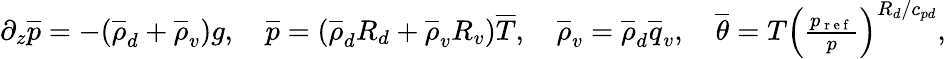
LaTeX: \begin{array}{r}{\partial_{z}\overline{{p}}=-(\overline{{\rho}}_{d}+\overline{{\rho}}_{v})g,\quad\overline{{p}}=(\overline{{\rho}}_{d}R_{d}+\overline{{\rho}}_{v}R_{v})\overline{{T}},\quad\overline{{\rho}}_{v}=\overline{{\rho}}_{d}\overline{{q}}_{v},\quad\overline{{\theta}}=T\left(\frac{p_{\mathrm{~r~e~f~}}}{p}\right)^{R_{d}/c_{pd}},}\end{array}